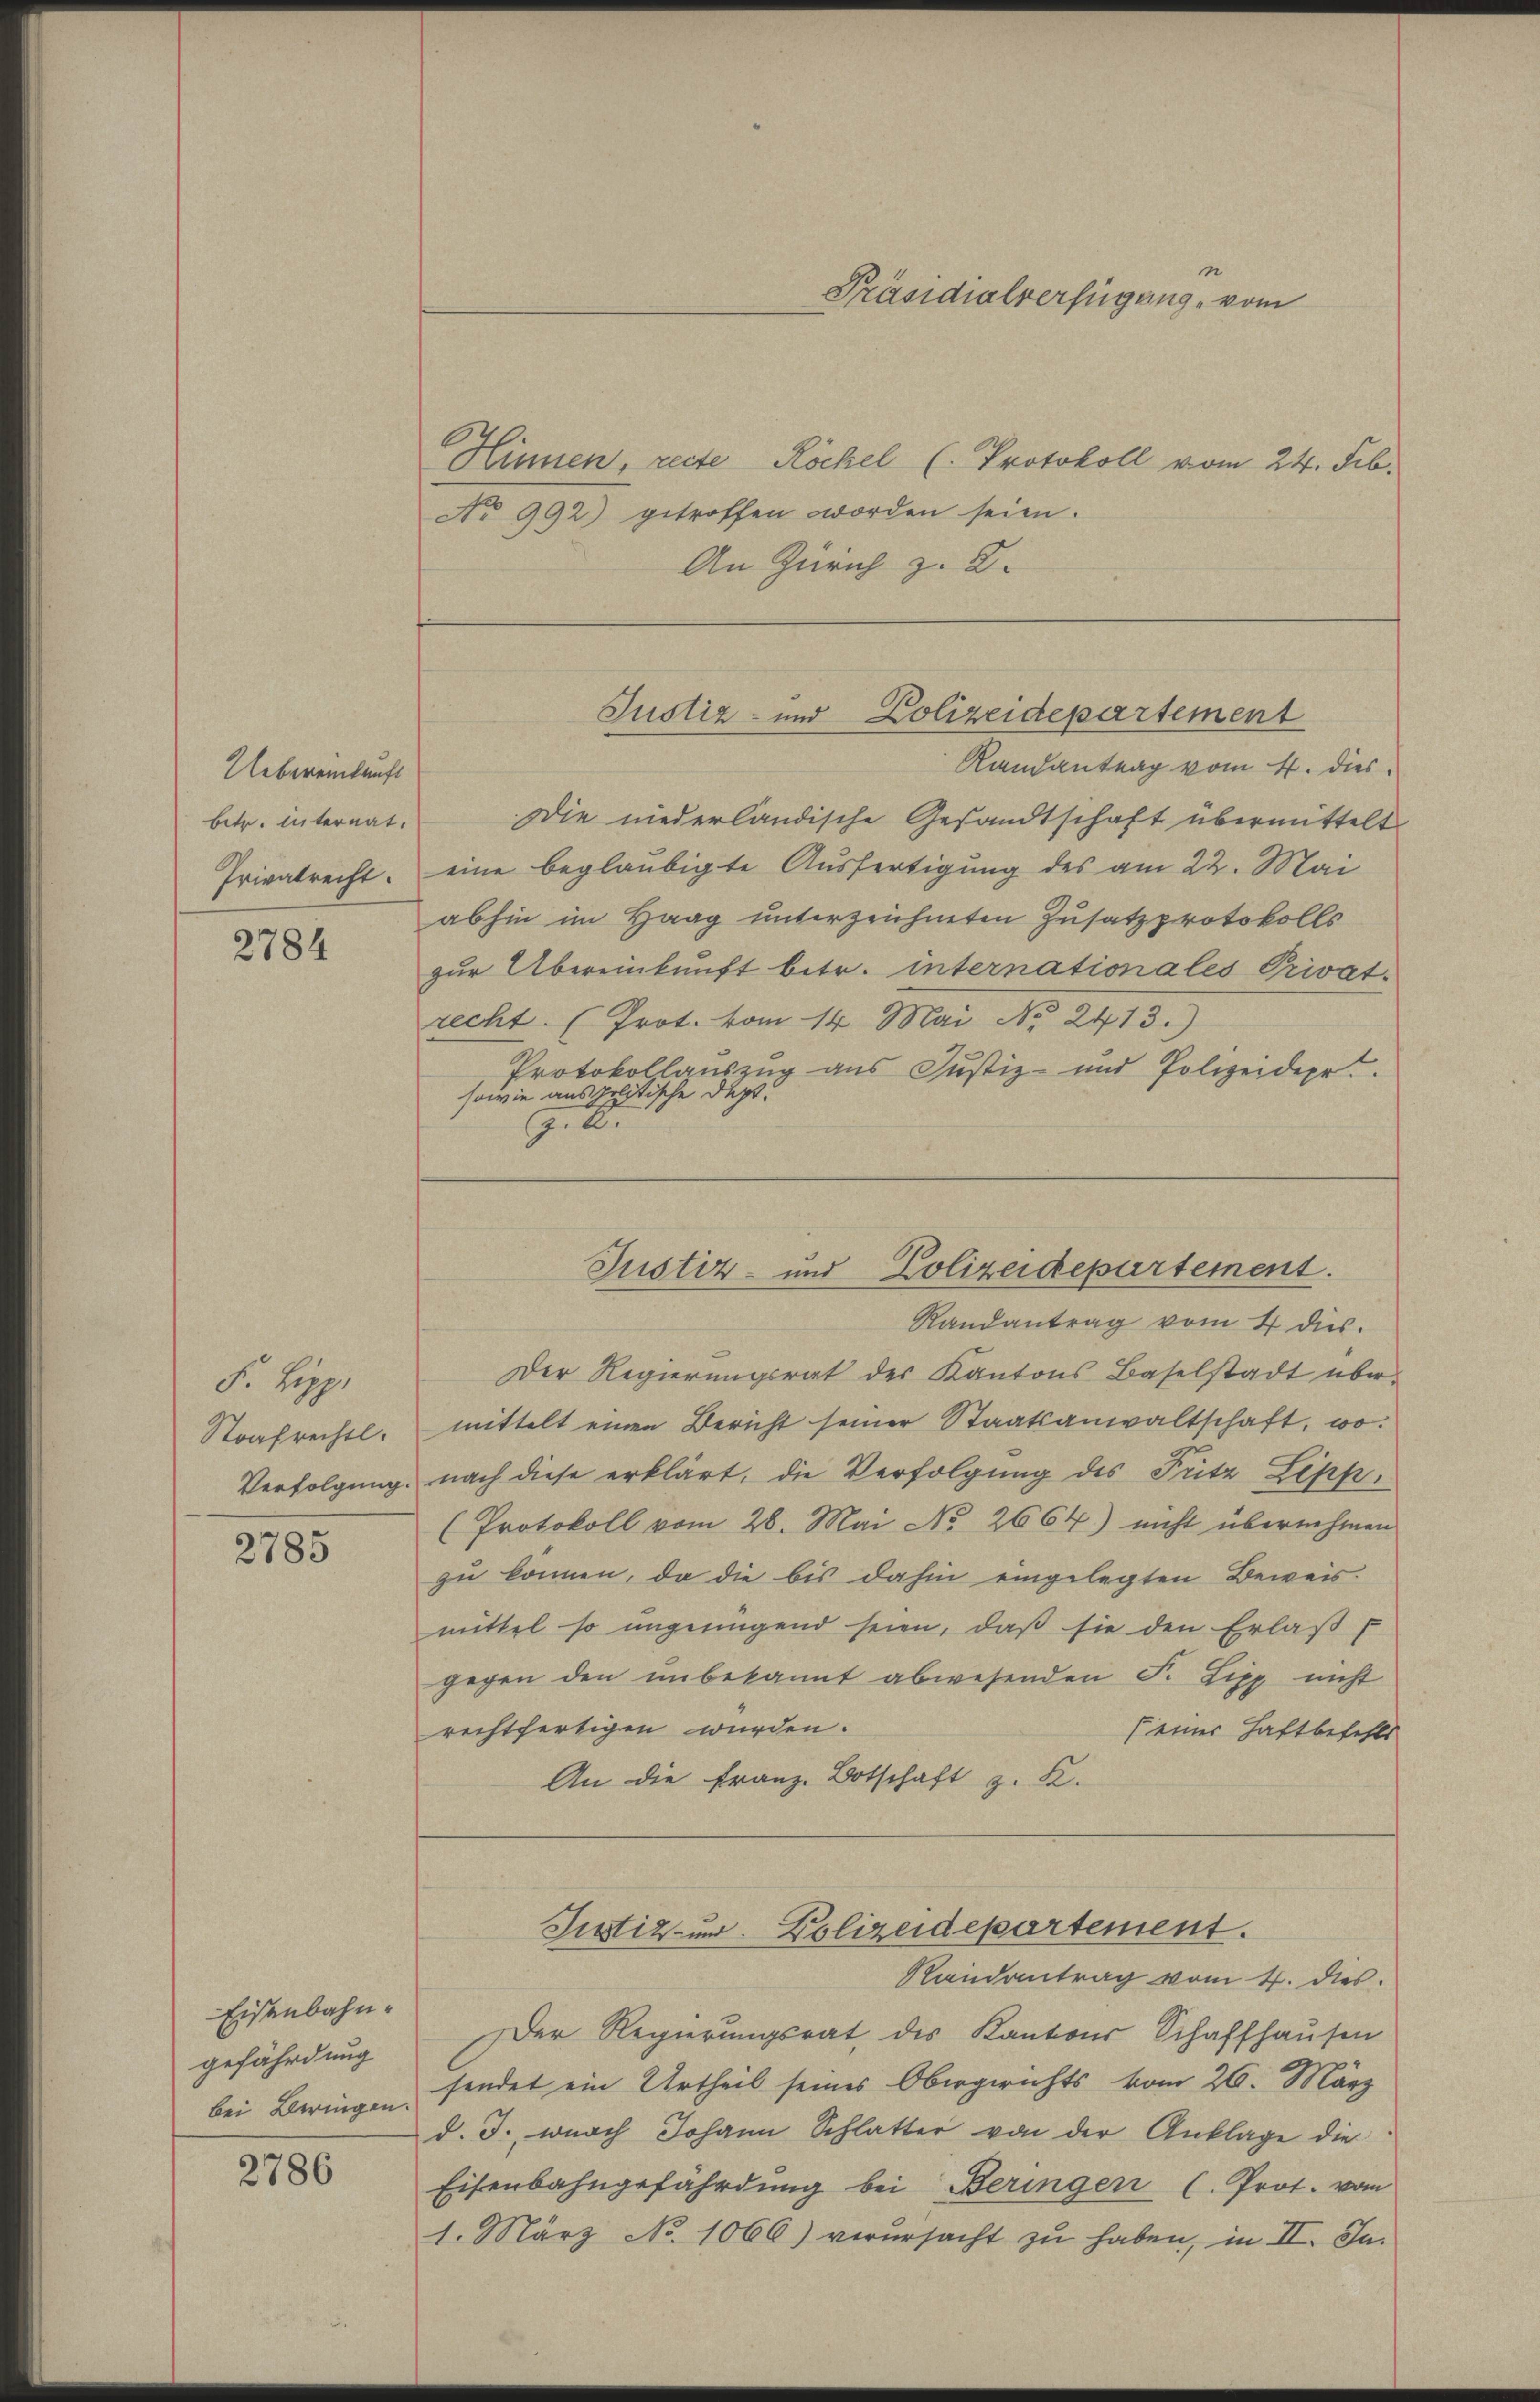
Uebereinkunft
betr. internat.
Privatrecht.

2784

F. Hegg.
Strafrechtl.
Verfolgung.

2785

Eisenbahngefährdung
bei Beringen.

2786

Hinnen, recte Röckel (Protokoll vom 24. Feb.
No 992) getroffen worden seien.
An Zürich z. 2.

Präsidialverfügung vom

Justiz- und Polizeidepartement

Randantrag vom 4. dies
Die niederländische Gesandtschaft übermittelt
eine beglaubigte Ausfertigung des am 22. Mai
abhin im Haag unterzeichneten Zusatzprotokolls
zur Übereinkunft betr. internationales Privat-
recht. (Prot. vom 14. Mai No 2413.)
Protokollauszug aus Justiz- und Polizeidepr
sowie aus politische Dept.
.2.

Randantrag vom 4 dies
Der Regierungsrat des Kantons Baselstadt über-
mittelt einen Bericht seiner Staatsanwaltschaft, wo
nach diese erklärt, die Verfolgung des Fritz Zepp,
(Protokoll vom 28. Mai No 2664) nicht übernehmen
zu können, da die bis dahin eingelegten Beweis-
mittel so ungenügend seien, daß sie den Erlaß
gegen den unbekannt abwesenden F. Lipp nicht
rechtfertigen wurden.
(einer Haftbefehls
An die Franz Botschaft z. K.
Justiz- und Polizeidepartement.
Randantrag vom 4. dies
Der Regierungsrat des Kantons Schaffhausen
sendet ein Urtheil seines Obergerichts vom 26. März
d. J. wurch Johann Schlatter von der Anklage die
Eisenbahngefährdung bei Beringen C. Prot. vom
1. März No. 1066) verursacht zŭ haben, in II. In

Justiz- und Polizeidepartement.